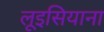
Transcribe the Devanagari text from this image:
लूइसियाना